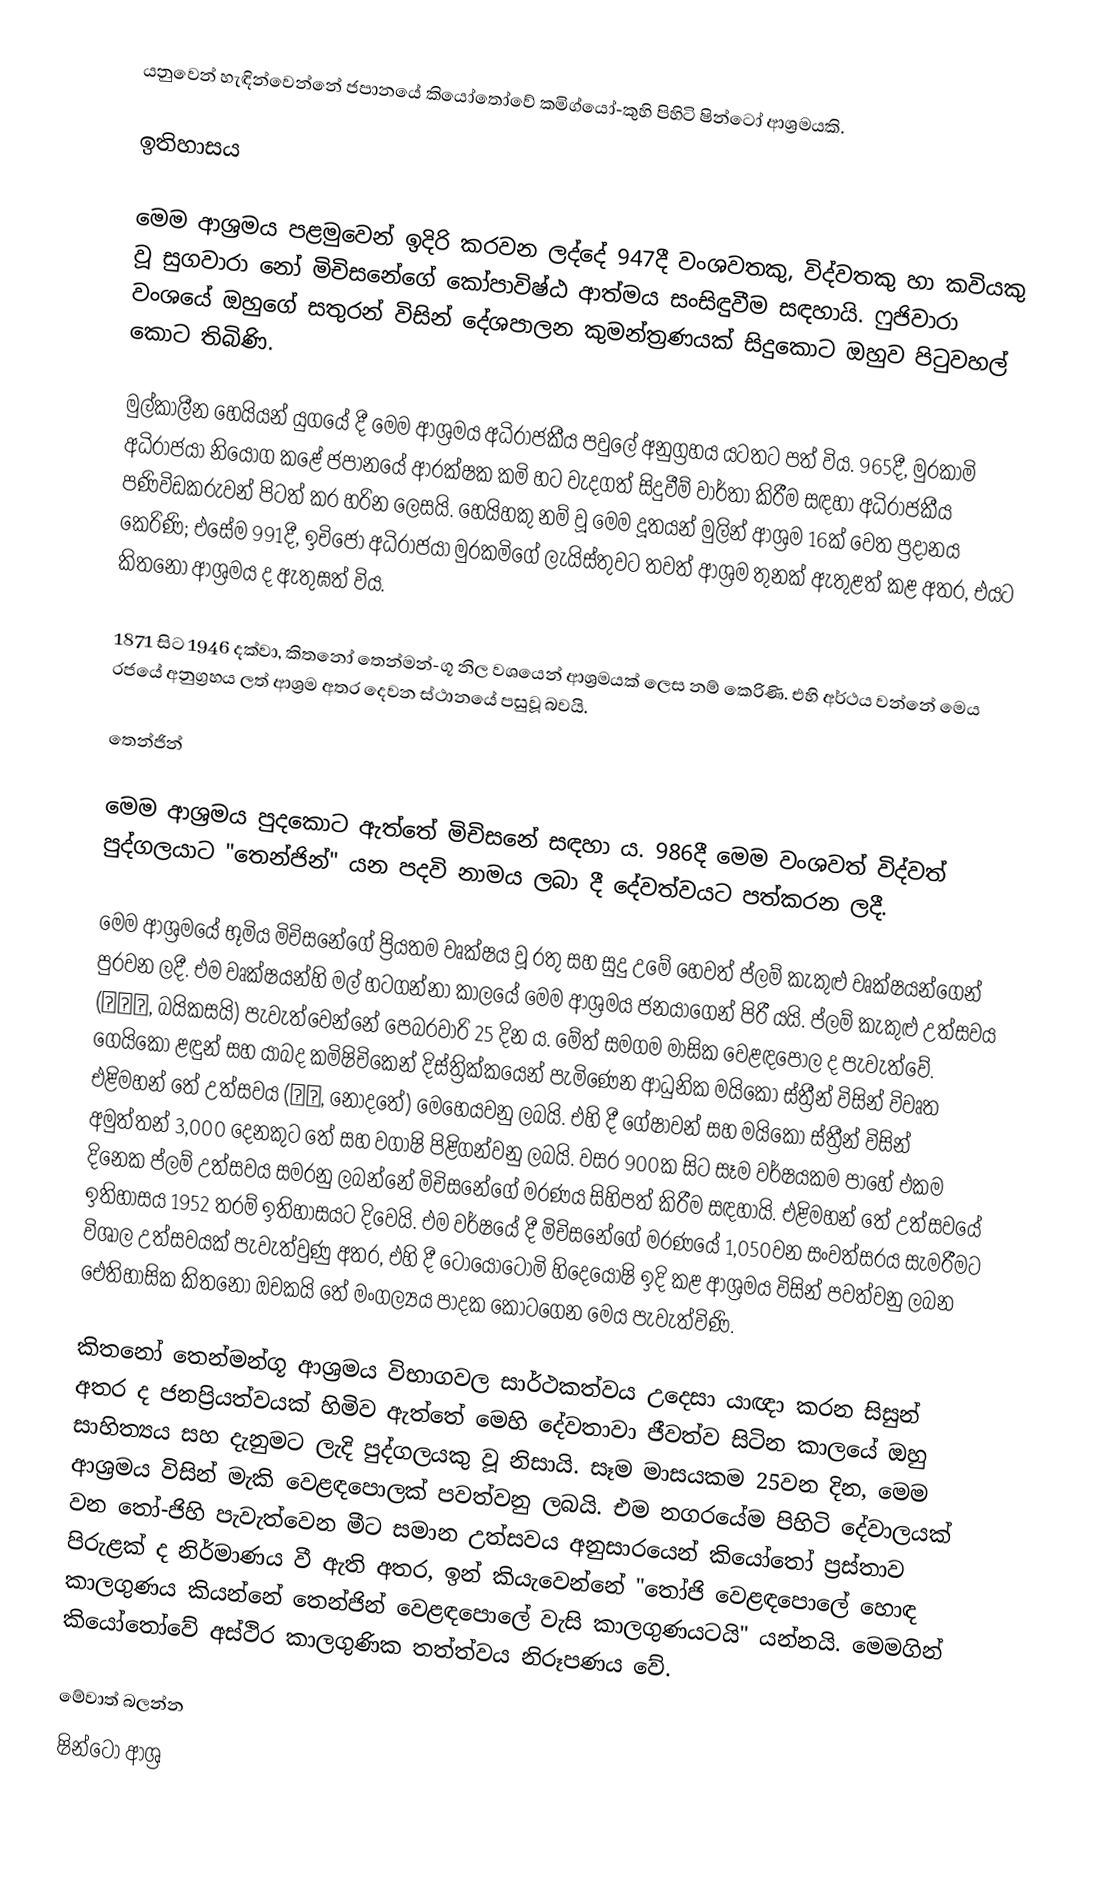
යනුවෙන් හැඳින්වෙන්නේ ජපානයේ කියෝතෝවේ කමිග්යෝ-කුහි පිහිටි ෂින්ටෝ ආශ්‍රමයකි.

ඉතිහාසය

මෙම ආශ්‍රමය පළමුවෙන් ඉදිරි කරවන ලද්දේ 947දී වංශවතකු, විද්වතකු හා කවියකු වූ සුගවාරා නෝ මිචිසනේගේ කෝපාවිෂ්ඨ ආත්මය සංසිඳුවීම සඳහායි. ෆුජිවාරා වංශයේ ඔහුගේ සතුරන් විසින් දේශපාලන කුමන්ත්‍රණයක් සිදුකොට ඔහුව පිටුවහල් කොට තිබිණි.

මුල්කාලීන හෙයියන් යුගයේ දී මෙම ආශ්‍රමය අධිරාජකීය පවුලේ අනුග්‍රහය යටතට පත් විය. 965දී, මුරකාමි අධිරාජයා නියෝග කළේ ජපානයේ ආරක්ෂක කමි හට වැදගත් සිදුවීම් වාර්තා කිරීම සඳහා අධිරාජකීය පණිවිඩකරුවන් පිටත් කර හරින ලෙසයි. හෙයිහකු නම් වූ මෙම දූතයන් මුලින් ආශ්‍රම 16ක් වෙත ප්‍රදානය කෙරිණි; එසේම 991දී, ඉචිජෝ අධිරාජයා මුරකමිගේ ලැයිස්තුවට තවත් ආශ්‍රම තුනක් ඇතුළත් කළ අතර, එයට කිතනෝ ආශ්‍රමය ද ඇතුඝත් විය.

1871 සිට 1946 දක්වා, කිතනෝ තෙන්මන්-ගූ නිල වශයෙන්  ආශ්‍රමයක් ලෙස නම් කෙරිණි. එහි අර්ථය වන්නේ මෙය රජයේ අනුග්‍රහය ලත් ආශ්‍රම අතර දෙවන ස්ථානයේ පසුවූ බවයි.

තෙන්ජින්

මෙම ආශ්‍රමය පුදකොට ඇත්තේ මිචිසනේ සඳහා ය. 986දී මෙම වංශවත් විද්වත් පුද්ගලයාට "තෙන්ජින්" යන පදවි නාමය ලබා දී දේවත්වයට පත්කරන ලදී.

මෙම ආශ්‍රමයේ භූමිය මිචිසනේගේ ප්‍රියතම වෘක්ෂය වූ රතු සහ සුදු උමේ හෙවත් ප්ලම් කැකුළු වෘක්ෂයන්ගෙන් පුරවන ලදී. එම වෘක්ෂයන්හි මල් හටගන්නා කාලයේ මෙම ආශ්‍රමය ජනයාගෙන් පිරී යයි. ප්ලම් කැකුළු උත්සවය (梅花祭, බයිකසයි) පැවැත්වෙන්නේ පෙබරවාරි 25 දින ය. මේත් සමගම මාසික වෙළඳපොල ද පැවැත්වේ. ගෙයිකෝ ළඳුන් සහ යාබද කමිෂිචිකෙන් දිස්ත්‍රික්කයෙන් පැමිණෙන ආධුනික මයිකෝ ස්ත්‍රීන් විසින් විවෘත එළිමහන් තේ උත්සවය (野点, නොදතේ) මෙහෙයවනු ලබයි. එහි දී ගේෂාවන් සහ මයිකෝ ස්ත්‍රීන් විසින් අමුත්තන් 3,000 දෙනකුට තේ සහ වගාෂි පිළිගන්වනු ලබයි. වසර 900ක සිට සෑම වර්ෂයකම පාහේ එකම දිනෙක ප්ලම් උත්සවය සමරනු ලබන්නේ මිචිසනේගේ මරණය සිහිපත් කිරීම සඳහායි. එළිමහන් තේ උත්සවයේ ඉතිහාසය 1952 තරම් ඉතිහාසයට දිවෙයි. එම වර්ෂයේ දී මිචිසනේගේ මරණයේ 1,050වන සංවත්සරය සැමරීමට විශාල උත්සවයක් පැවැත්වුණු අතර, එහි දී ටොයොටොමි හිදෙයොෂි ඉදි කළ ආශ්‍රමය විසින් පවත්වනු ලබන ඓතිහාසික කිතනෝ ඔචකයි තේ මංගල්‍යය පාදක කොටගෙන මෙය පැවැත්විණි.

කිතනෝ තෙන්මන්ගූ ආශ්‍රමය විභාගවල සාර්ථකත්වය උදෙසා යාඥා කරන සිසුන් අතර ද ජනප්‍රියත්වයක් හිමිව ඇත්තේ මෙහි දේවතාවා ජීවත්ව සිටින කාලයේ ඔහු සාහිත්‍යය සහ දැනුමට ලැදි පුද්ගලයකු වූ නිසායි. සෑම මාසයකම 25වන දින, මෙම ආශ්‍රමය විසින් මැකි වෙළඳපොලක් පවත්වනු ලබයි. එම නගරයේම පිහිටි දේවාලයක් වන තෝ-ජිහි පැවැත්වෙන මීට සමාන උත්සවය අනුසාරයෙන් කියෝතෝ ප්‍රස්තාව පිරුළක් ද නිර්මාණය වී ඇති අතර, ඉන් කියැවෙන්නේ "තෝජි වෙළඳපොලේ හොඳ කාලගුණය කියන්නේ තෙන්ජින් වෙළඳපොලේ වැසි කාලගුණයටයි" යන්නයි. මෙමගින් කියෝතෝවේ අස්ථිර කාලගුණික තත්ත්වය නිරූපණය වේ.

මේවාත් බලන්න
 ෂින්ටෝ ආශ්‍ර